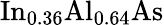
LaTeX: \mathrm{In}_{0.36}\mathrm{Al}_{0.64}\mathrm{As}